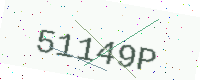
Text: 51149P